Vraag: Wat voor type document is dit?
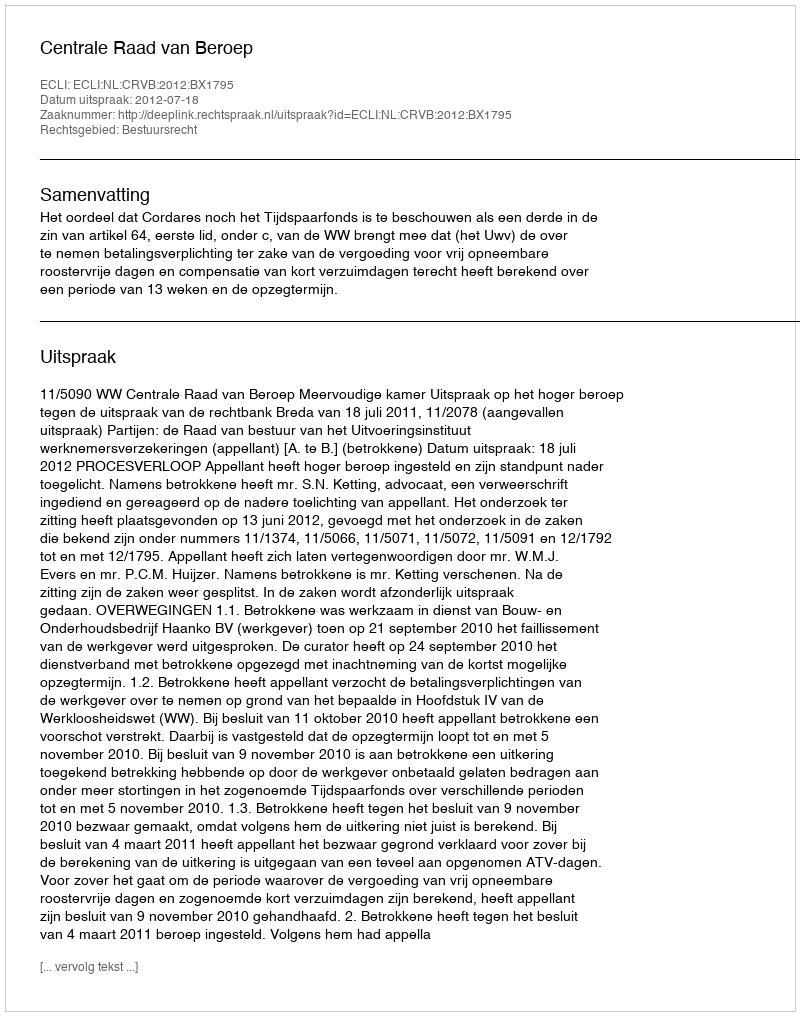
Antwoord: Uitspraak